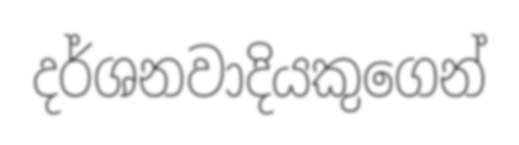
දර්ශනවාදියකුගෙන්